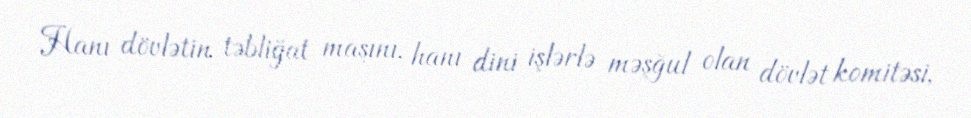
Hanı dövlətin təbliğat maşını, hanı dini işlərlə məşğul olan dövlət komitəsi,